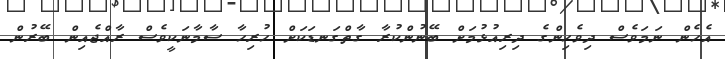
އެހެން ނަމަވެސް ދިވެހިންގެ ދިރިއުޅުމަށް ބޭނުންކުރާ ގާތްގަނޑަކަށް ހުރިހާ ސާމާނަކީވެސް ރާއްޖެއިން ބޭރުން